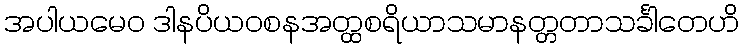
အပါယမေဝ ဒါနပိယဝစနအတ္ထစရိယာသမာနတ္တတာသင်္ခါတေဟိ